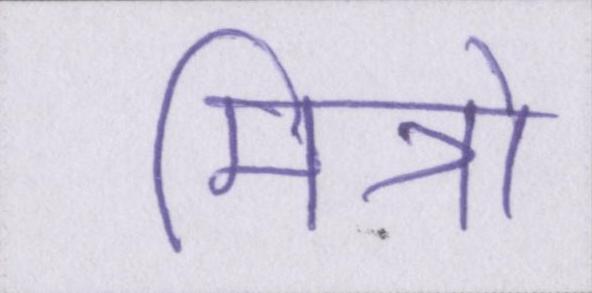
मित्रो